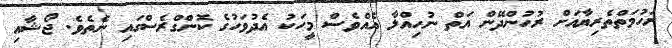
ރަހުމަތްތެރިޔާއަށް ރުހުންދޭން އަތް ނުހިއްލާ އެެއްވެސް މީހަކު އެދުވަހުގެ ކޮންގްރެސްގައި ނެތެވެ. ޖޯޝާއި